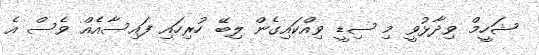
ޝަހީމް ވިދާޅުވީ މި ސިޑީ ވިއްކައިގެން ލިބޭ ހުރިހައި ފައިސާއެއް ވެސް އެ